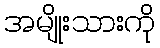
အမျိုးသားကို